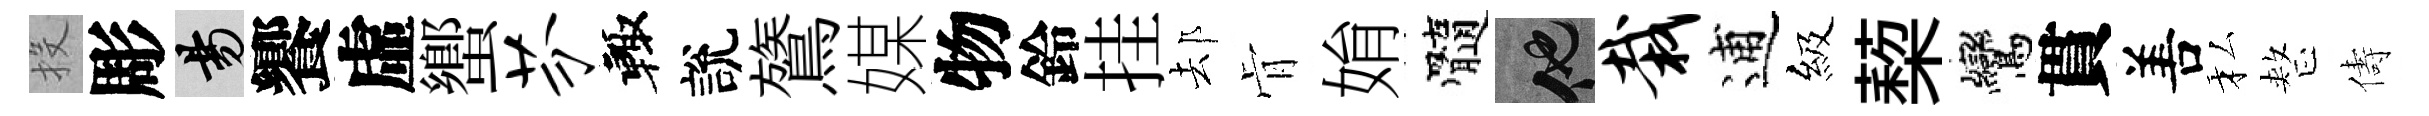
投彫昜饗虛蠁芬輙說鷟媒物鈴挂𨚫肻姢髓他栽逋級蔾鸞貫𠵊私整儔